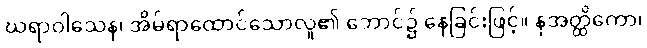
ဃရာဝါသေန၊ အိမ်ရာထောင်သောလူ၏ ဘောင်၌ နေခြင်းဖြင့်။ နအတ္ထိကော၊